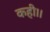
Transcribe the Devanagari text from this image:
कही।।